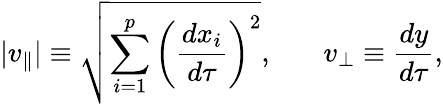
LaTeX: |v_{\parallel}|\equiv\sqrt{\sum_{i=1}^{p}\left({\frac{dx_{i}}{d\tau}}\right)^{2}},\ \ \ \ \ \ \ v_{\perp}\equiv{\frac{dy}{d\tau}},